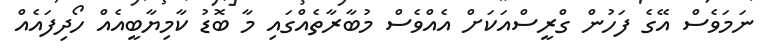
ނަމަވެސް އޭގެ ފަހުން ގްރީސްއަކަށް އެއްވެސް މުބާރާތެއްގައި މާ ބޮޑު ކާމިޔާބީއެއް ހޯދިފައެއް